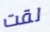
لقت